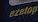
ezetop